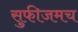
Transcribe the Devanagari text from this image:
सुफीजमच